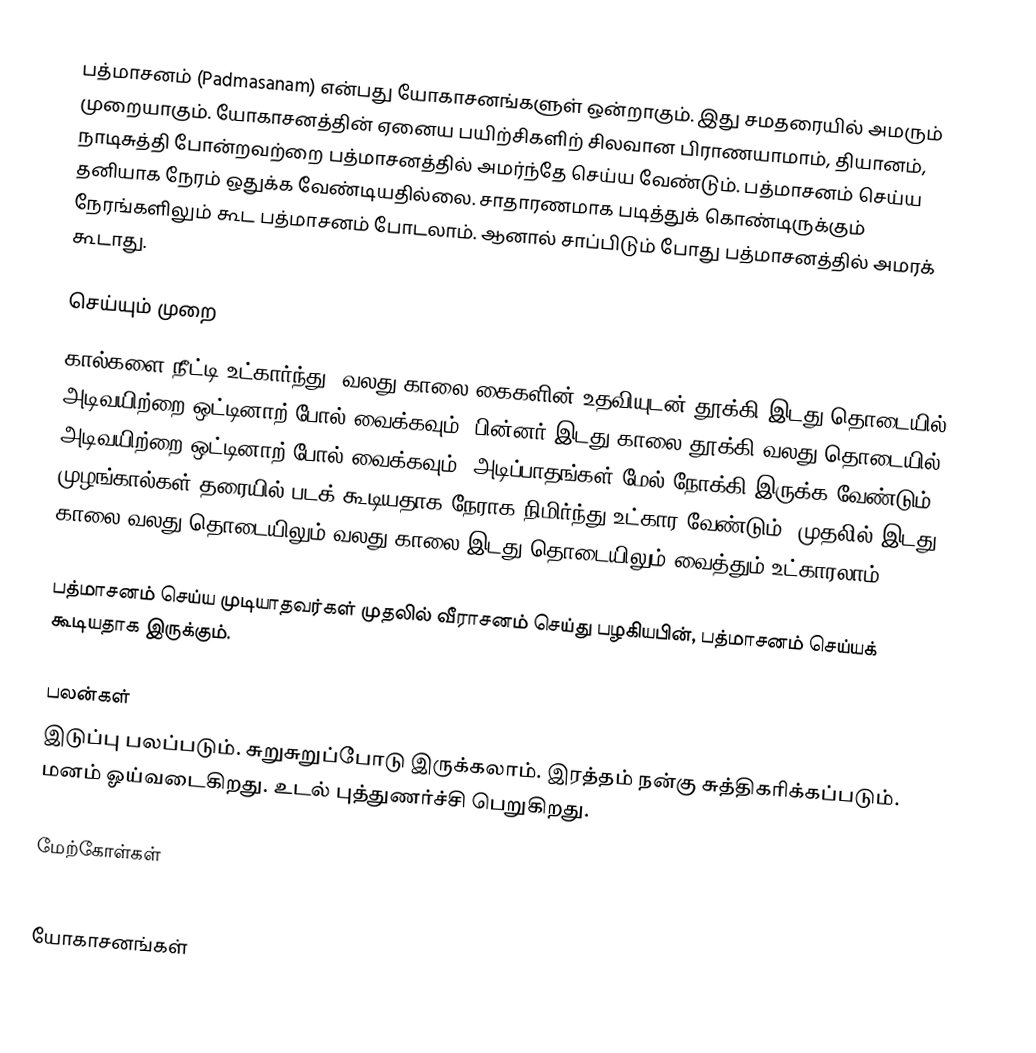
பத்மாசனம் (Padmasanam) என்பது யோகாசனங்களுள் ஒன்றாகும். இது சமதரையில் அமரும் முறையாகும். யோகாசனத்தின் ஏனைய பயிற்சிகளிற் சிலவான பிராணயாமாம், தியானம், நாடிசுத்தி போன்றவற்றை பத்மாசனத்தில் அமர்ந்தே செய்ய வேண்டும். பத்மாசனம் செய்ய தனியாக நேரம் ஒதுக்க வேண்டியதில்லை. சாதாரணமாக படித்துக் கொண்டிருக்கும் நேரங்களிலும் கூட பத்மாசனம் போடலாம். ஆனால் சாப்பிடும் போது பத்மாசனத்தில் அமரக் கூடாது.

செய்யும் முறை
கால்களை நீட்டி உட்கார்ந்து, வலது காலை கைகளின் உதவியுடன் தூக்கி இடது தொடையில் அடிவயிற்றை ஒட்டினாற் போல் வைக்கவும். பின்னர் இடது காலை தூக்கி வலது தொடையில் அடிவயிற்றை ஒட்டினாற் போல் வைக்கவும். அடிப்பாதங்கள் மேல் நோக்கி இருக்க வேண்டும். முழங்கால்கள் தரையில் படக் கூடியதாக நேராக நிமிர்ந்து உட்கார வேண்டும். முதலில் இடது காலை வலது தொடையிலும் வலது காலை இடது தொடையிலும் வைத்தும் உட்காரலாம்.

பத்மாசனம் செய்ய முடியாதவர்கள் முதலில் வீராசனம் செய்து பழகியபின், பத்மாசனம் செய்யக் கூடியதாக இருக்கும்.

பலன்கள்
இடுப்பு பலப்படும். சுறுசுறுப்போடு இருக்கலாம். இரத்தம் நன்கு சுத்திகரிக்கப்படும். மனம் ஓய்வடைகிறது. உடல் புத்துணர்ச்சி பெறுகிறது.

மேற்கோள்கள்

யோகாசனங்கள்